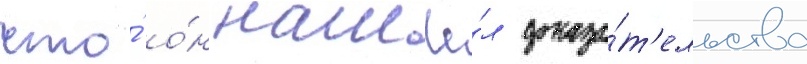
что́ о́н нашё́л доказа́т'ельства